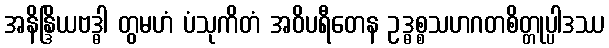
အနိန္ဒြိယဗဒ္ဓါ တွမဟံ ပံသုကိတံ အဝိပရီတေန ဥဒ္ဓစ္စသဟဂတစိတ္တုပ္ပါဒဿ